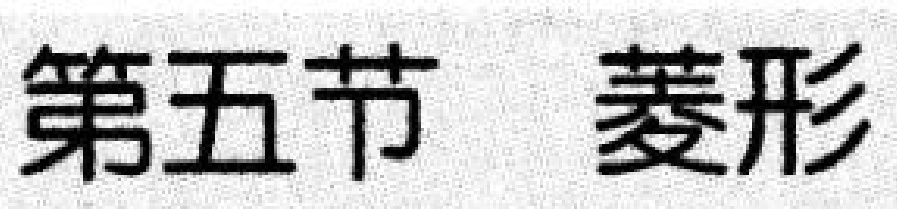
第五节 菱形